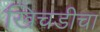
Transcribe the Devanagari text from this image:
खिचडीचा